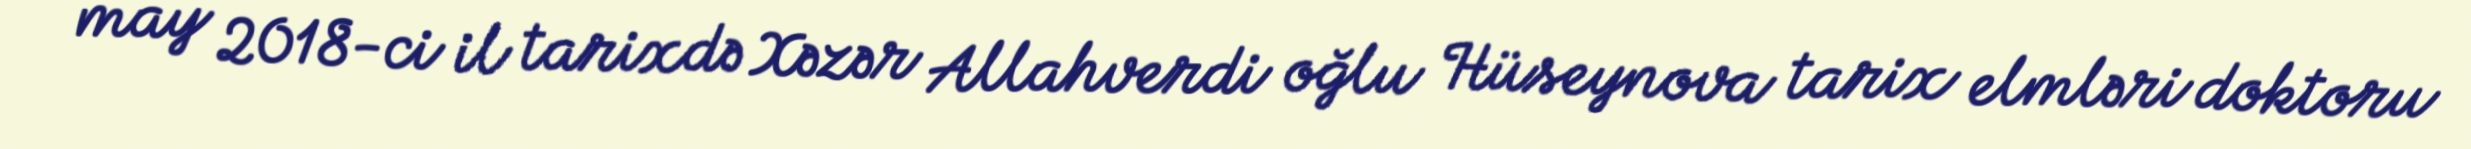
may 2018-ci il tarixdə Xəzər Allahverdi oğlu Hüseynova tarix elmləri doktoru